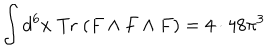
LaTeX: \int d ^ { 6 } x \; \mathrm { T r } \; ( F \wedge F \wedge F ) = 4 \cdot 4 8 \pi ^ { 3 }